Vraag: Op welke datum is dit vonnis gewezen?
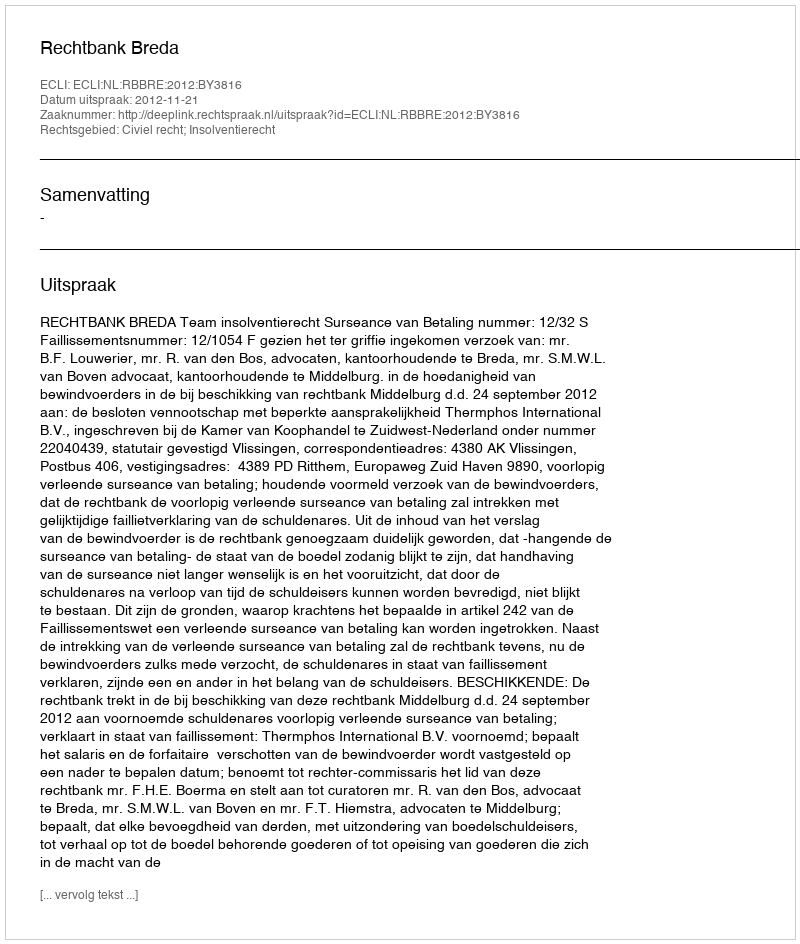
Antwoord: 2012-11-21